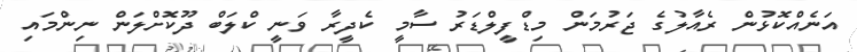
އަނެއްކޮޅުން ރެއާލުގެ ޖަރުމަން މިޑްފީލްޑަރު ސާމީ ކެދީރާ ވަނީ ކްލަބް ދޫކޮށްލަން ނިންމައި